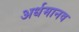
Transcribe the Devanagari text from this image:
अर्धमानव